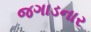
જગાડનાર